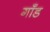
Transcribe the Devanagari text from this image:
गाँड